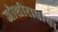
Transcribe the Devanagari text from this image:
जोशीरावांचा